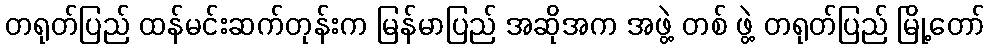
တရုတ်ပြည် ထန်မင်းဆက်တုန်းက မြန်မာပြည် အဆိုအက အဖွဲ့ တစ် ဖွဲ့ တရုတ်ပြည် မြို့တော်